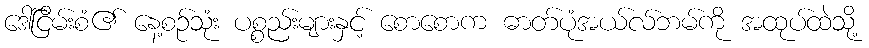
ဒေါ်ငြိမ်းစံ၏ နေ့စဉ်သုံး ပစ္စည်းများနှင့် စောစောက ဓာတ်ပုံအယ်လ်ဘမ်ကို အထုပ်ထဲသို့